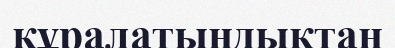
құралатындықтан